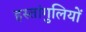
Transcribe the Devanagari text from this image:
हस्तांगुलियों